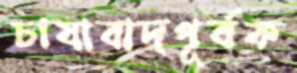
চাষাবাদপূর্বক